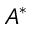
A ^ { * }